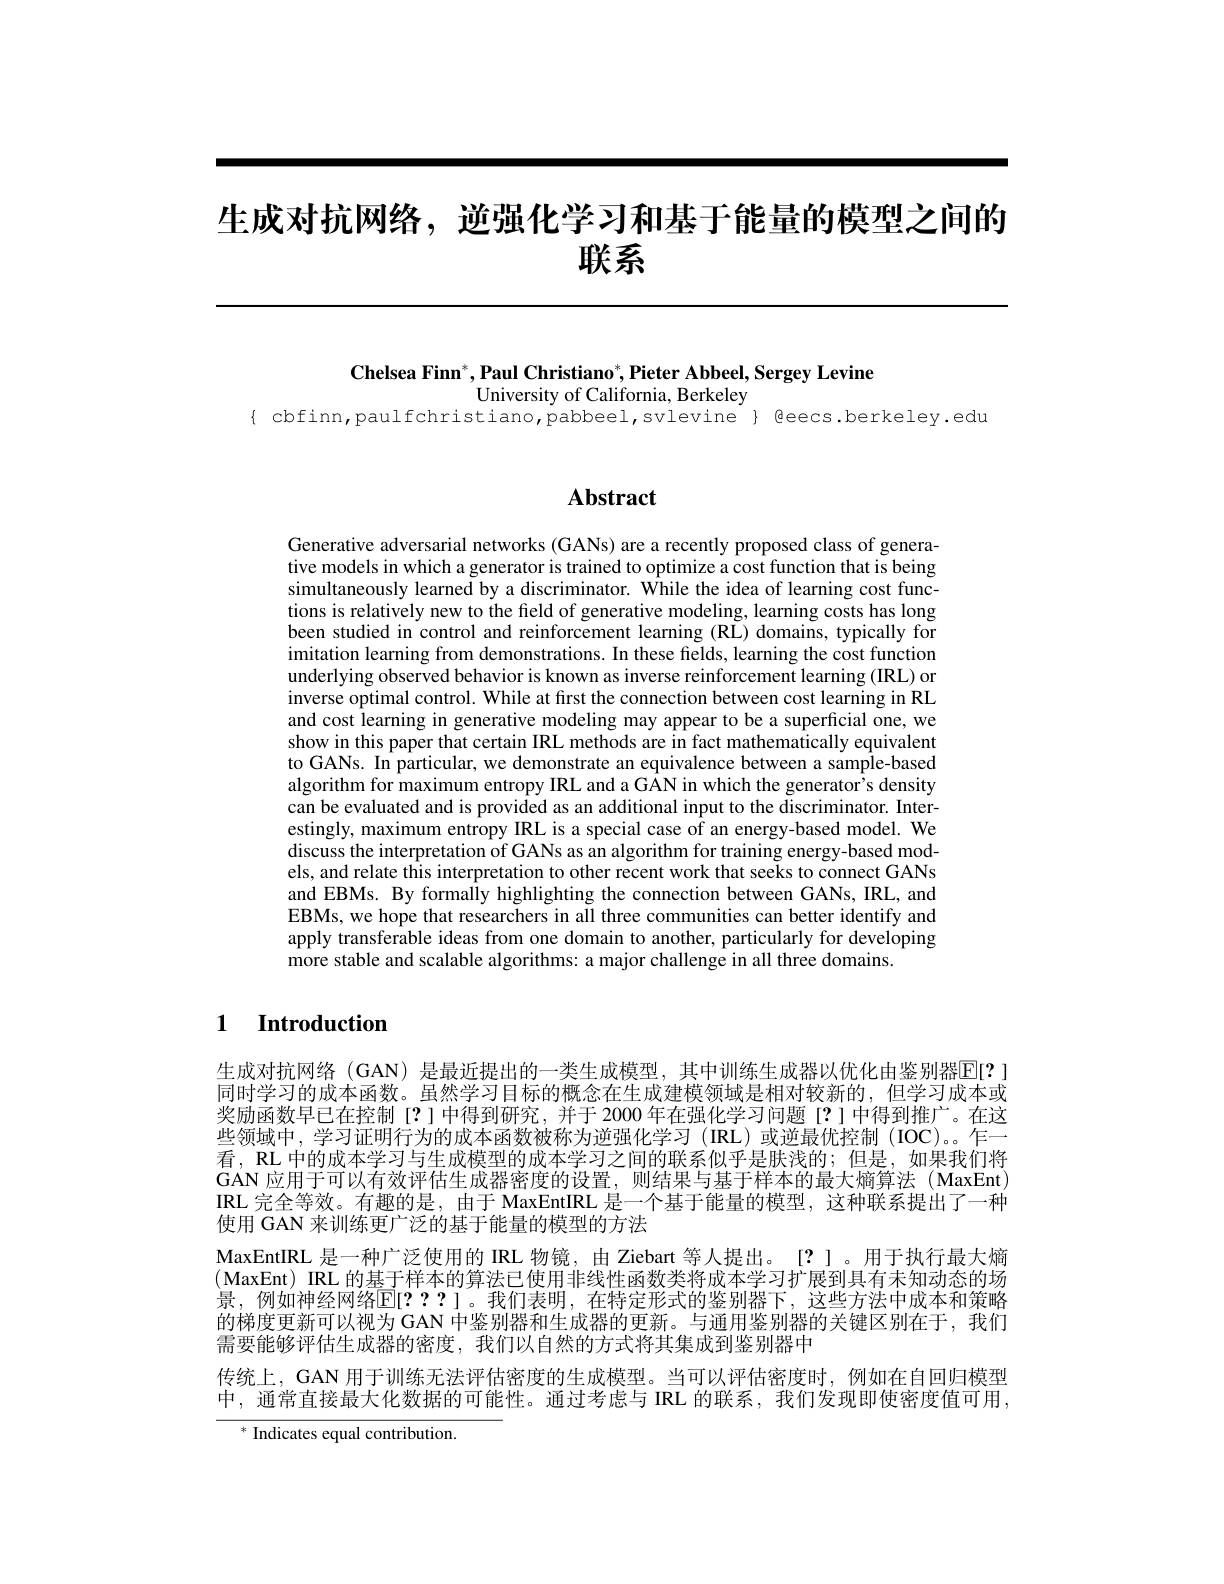
# 生成对抗网络，逆强化学习和基于能量的模型之间的联系

Chelsea Finn$^* , \textbf{Paul Christiano}^* , \textbf{Pieter Abbeel, Sergey Levine}$
University of California, Berkeley
$\{$ cbfinn, paulfchristiano, pabbeel, svlevine $\}$ feecs. berkeley. edu

# Abstract

Generative adversarial networks (GANs) are a recently proposed class of generative models in which a generator is trained to optimize a cost function that is being simultaneously learned by a discriminator. While the idea of learning cost functions is relatively new to the field of generative modeling, learning costs has long been studied in control and reinforcement learning (RL) domains, typically for imitation learning from demonstrations. In these fields, learning the cost function underlying observed behavior is known as inverse reinforcement learning (IRL) or inverse optimal control. While at first the connection between cost learning in RL and cost learning in generative modeling may appear to be a superficial one, we show in this paper that certain IRL methods are in fact mathematically equivalent to GANs. In particular, we demonstrate an equivalence between a sample-based algorithm for maximum entropy IRL and a GAN in which the generator's density can be evaluated and is provided as an additional input to the discriminator. Interestingly, maximum entropy IRL is a special case of an energy-based model. We discuss the interpretation of GANs as an algorithm for training energy-based models, and relate this interpretation to other recent work that seeks to connect GANs and EBMs. By formally highlighting the connection between GANs, IRL, and EBMs, we hope that researchers in all three communities can better identify and apply transferable ideas from one domain to another, particularly for developing more stable and scalable algorithms: a major challenge in all three domains.

## $\textbf{1}$ $\textbf{Introduction}$

生成对抗网络 (GAN) 是最近提出的一类生成模型，其中训练生成器以优化由鉴别器回[?] 同时学习的成本函数。虽然学习目标的概念在生成建模领域是相对较新的，但学习成本或奖励函数早已在控制[?]中得到研究，并于 2000 年在强化学习问题[?]中得到推广。在这些领域中，学习证明行为的成本函数被称为逆强化学习(IRL)或逆最优控制(IOC)。乍一看，RL 中的成本学习与生成模型的成本学习之间的联系似乎是肤浅的；但是，如果我们将GAN 应用于可以有效评估生成器密度的设置，则结果与基于样本的最大熵算法(MaxEnt) IRL 完全等效。有趣的是，由于 MaxEntIRL 是一个基于能量的模型，这种联系提出了一种使用 GAN 来训练更广泛的基于能量的模型的方法
MaxEntIRL 是一种广泛使用的 IRL 物镜，由 Ziebart 等人提出。[?]。用于执行最大熵(MaxEnt) IRL 的基于样本的算法已使用非线性函数类将成本学习扩展到具有未知动态的场景，例如神经网络$\overline{\mathbb{E}}[???]$。我们表明，在特定形式的鉴别器下，这些方法中成本和策略的梯度更新可以视为 GAN 中鉴别器和生成器的更新。与通用鉴别器的关键区别在于，我们需要能够评估生成器的密度，我们以自然的方式将其集成到鉴别器中
传统上，GAN 用于训练无法评估密度的生成模型。当可以评估密度时，例如在自回归模型中，通常直接最大化数据的可能性。通过考虑与 IRL 的联系，我们发现即使密度值可用
$^*$ Indicates equal contribution.